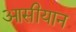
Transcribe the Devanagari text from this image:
आसीयान